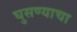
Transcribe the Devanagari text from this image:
घुसण्याचा